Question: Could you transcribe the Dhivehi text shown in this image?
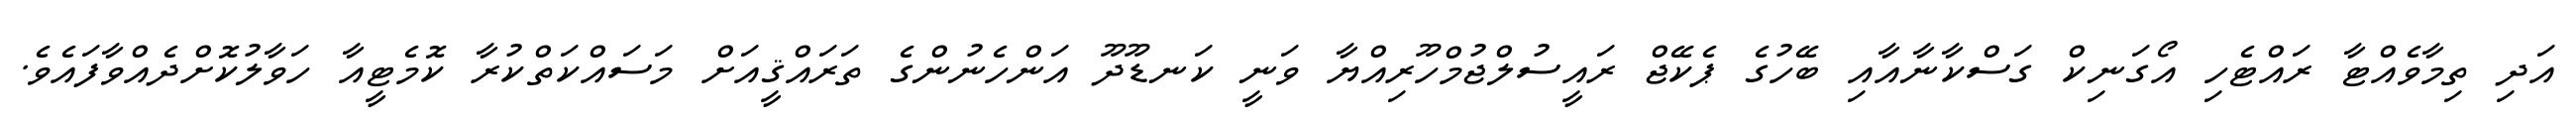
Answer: އަދި ތިމާވެއްޓާ ރައްޓެހި އޯގަނިކް ގަސްކާނާއާއި ބޭހުގެ ޕެކޭޖް ރައީސުލްޖުމްހޫރިއްޔާ ވަނީ ކަނޑޫދޫ އަންހެނުންގެ ތަރައްޤީއަށް މަސައްކަތްކުރާ ކޮމެޓީއާ ހަވާލުކޮށްދެއްވާފައެވެ.